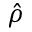
\hat { \rho }